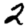
Digit: 2